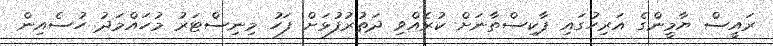
ރައީސް ޔާމީންގެ އަރިހުގައި ޕާކިސްތާނަށް ކުރެއްވި ދަތުރުފުޅަށް ފަހު މިނިސްޓަރު މުހައްމަދު ހުސެއިން